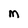
Character: M